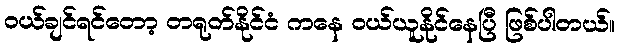
ဝယ်ချင်ရင်တော့ တရုတ်နိုင်ငံ ကနေ ဝယ်ယူနိုင်နေပြီ ဖြစ်ပါတယ်။